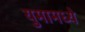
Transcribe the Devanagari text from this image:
युमामध्ये